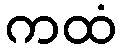
ကထံ